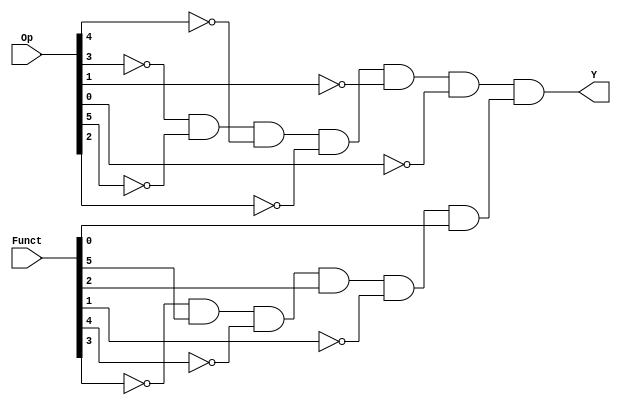
// Copyright (C) 2020  Intel Corporation. All rights reserved.
// Your use of Intel Corporation's design tools, logic functions 
// and other software and tools, and any partner logic 
// functions, and any output files from any of the foregoing 
// (including device programming or simulation files), and any 
// associated documentation or information are expressly subject 
// to the terms and conditions of the Intel Program License 
// Subscription Agreement, the Intel Quartus Prime License Agreement,
// the Intel FPGA IP License Agreement, or other applicable license
// agreement, including, without limitation, that your use is for
// the sole purpose of programming logic devices manufactured by
// Intel and sold by Intel or its authorized distributors.  Please
// refer to the applicable agreement for further details, at
// https://fpgasoftware.intel.com/eula.

// PROGRAM		"Quartus Prime"
// VERSION		"Version 20.1.1 Build 720 11/11/2020 SJ Lite Edition"
// CREATED		"Wed Aug 17 11:46:05 2022"

module ORR(
	Funct,
	Op,
	Y
);


input wire	[5:0] Funct;
input wire	[31:26] Op;
output wire	Y;

wire	isOR;
wire	isRTYPE;
wire	NOTF1;
wire	NOTF3;
wire	NOTF4;
wire	NOTOp26;
wire	NOTOp27;
wire	NOTOp28;
wire	NOTOp29;
wire	NOTOp30;
wire	NOTOp31;




assign	isRTYPE = NOTOp29 & NOTOp31 & NOTOp30 & NOTOp28 & NOTOp27 & NOTOp26;

assign	Y = isRTYPE & isOR;

assign	isOR = NOTF3 & Funct[5] & NOTF4 & Funct[2] & NOTF1 & Funct[0];

assign	NOTF1 =  ~Funct[1];

assign	NOTOp30 =  ~Op[30];

assign	NOTOp29 =  ~Op[29];

assign	NOTOp27 =  ~Op[27];

assign	NOTOp26 =  ~Op[26];

assign	NOTOp31 =  ~Op[31];

assign	NOTOp28 =  ~Op[28];

assign	NOTF4 =  ~Funct[4];

assign	NOTF3 =  ~Funct[3];


endmodule